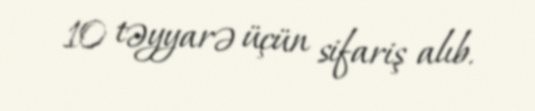
10 təyyarə üçün sifariş alıb.